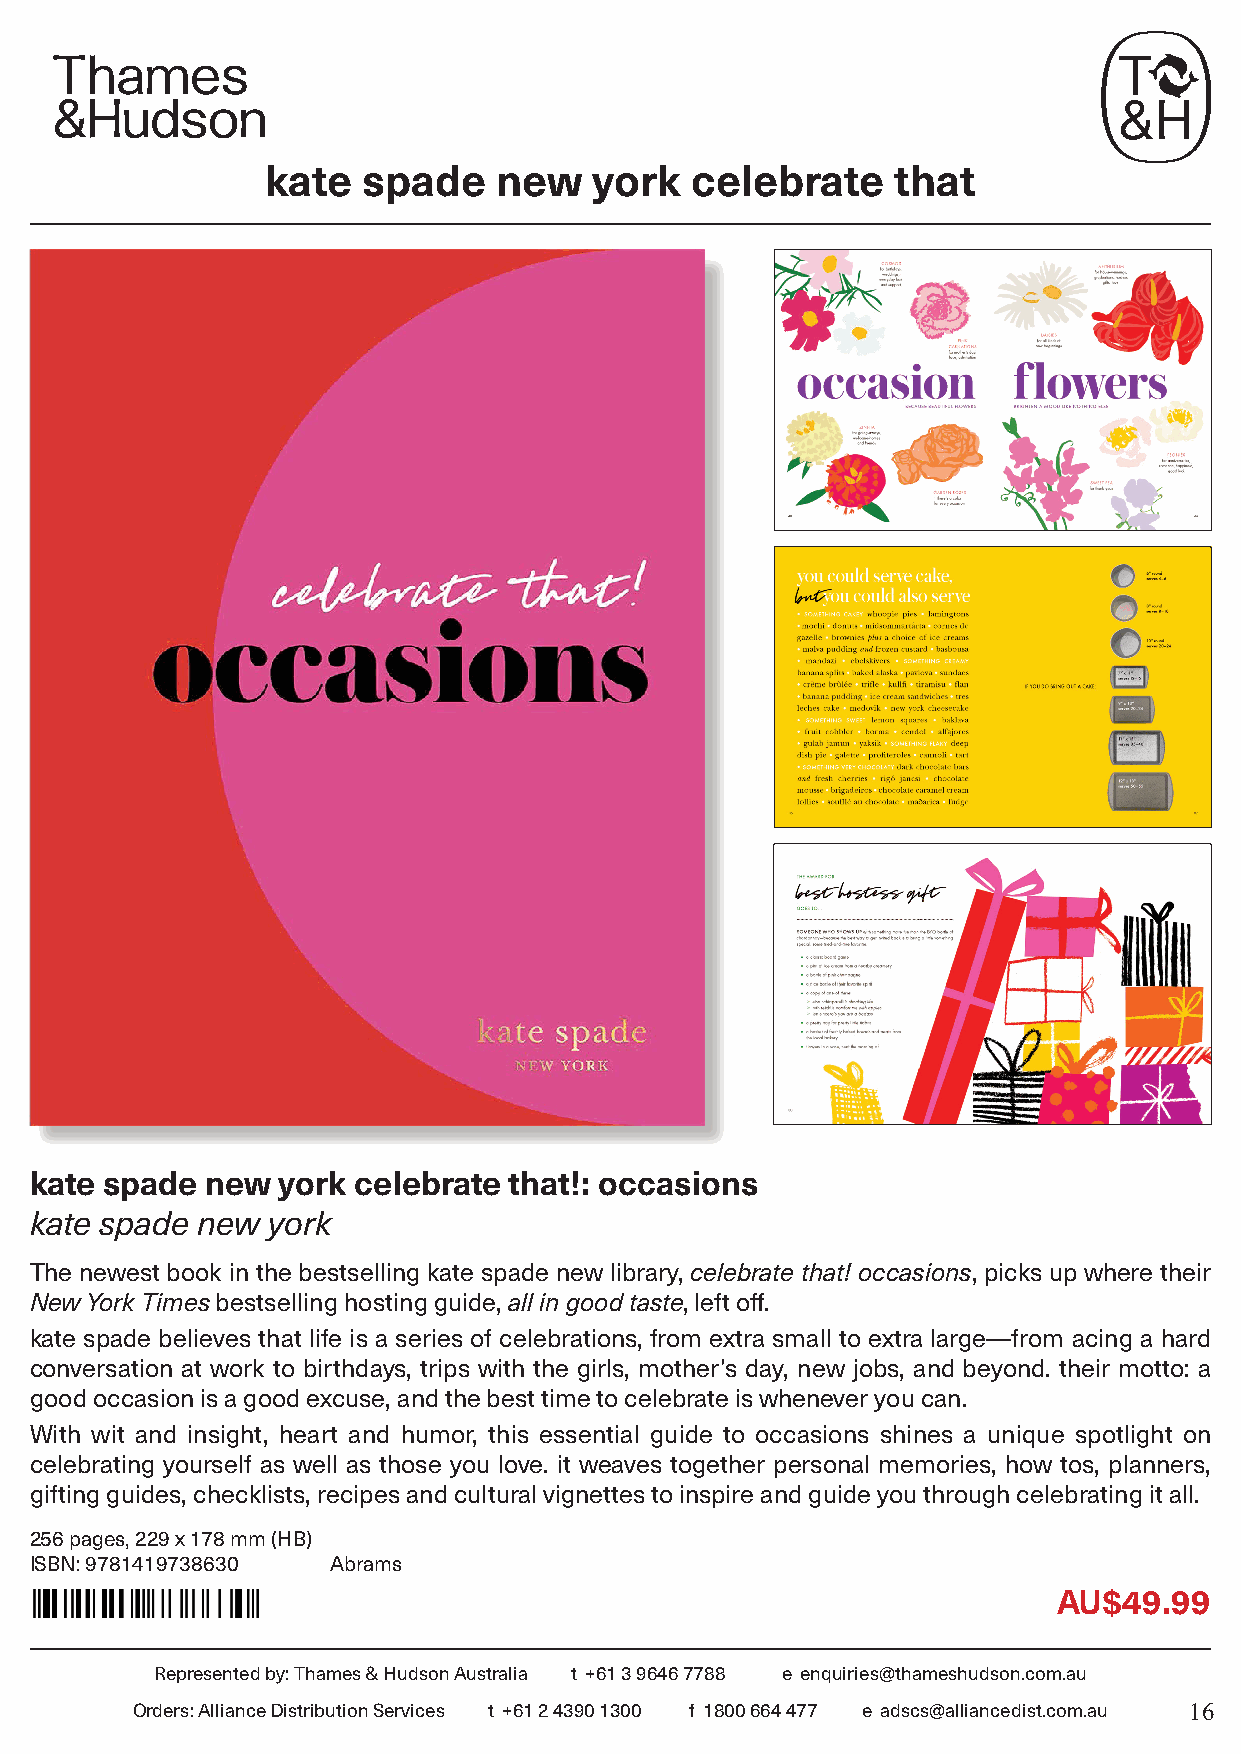
kate  spade    new   york   celebrate    that
 kate spade  new york celebrate  that!: occasions
 kate spade new  york
 The newest book in the bestselling kate spade new library, celebrate that! occasions, picks up where their
 New York Times bestselling hosting guide, all in good taste, left off.
 kate spade believes that life is a series of celebrations, from extra small to extra large—from acing a hard
 conversation at work to birthdays, trips with the girls, mother’s day, new jobs, and beyond. their motto: a
 good occasion is a good excuse, and the best time to celebrate is whenever you can.
 With wit and insight, heart and humor, this essential guide to occasions shines a unique spotlight on
 celebrating yourself as well as those you love. it weaves together personal memories, how tos, planners,
 gifting guides, checklists, recipes and cultural vignettes to inspire and guide you through celebrating it all.
 256 pages, 229 x 178 mm (HB)
 ISBN: 9781419738630 Abrams
 AU$49.99
 Represented by: Thames & Hudson Australia t +61 3 9646 7788 e enquiries@thameshudson.com.au
 Orders: Alliance Distribution Services t +61 2 4390 1300 f 1800 664 477 e adscs@alliancedist.com.au 16